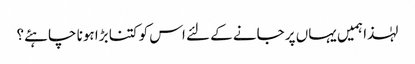
لہٰذا ہمیں یہاں پر جانے کے لئے اس کو کتنا بڑا ہونا چاہئے؟